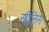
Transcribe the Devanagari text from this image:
सीलिग